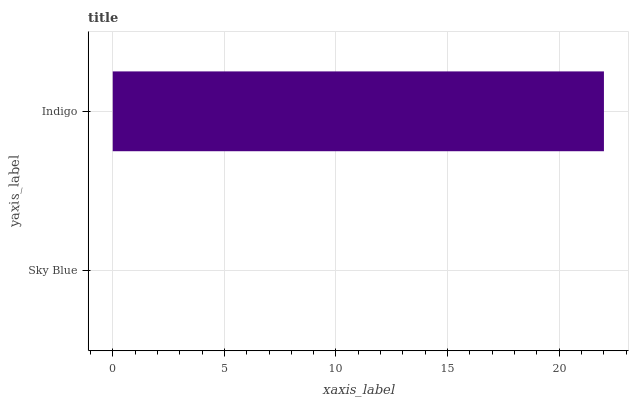
| yaxis_label | bars |
 | --- | --- |
 | Sky Blue | 0 |
 | Indigo | 22 |